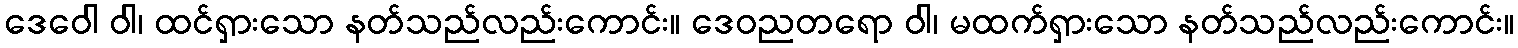
ဒေဝေါ ဝါ၊ ထင်ရှားသော နတ်သည်လည်းကောင်း။ ဒေဝညတရော ဝါ၊ မထက်ရှားသော နတ်သည်လည်းကောင်း။